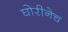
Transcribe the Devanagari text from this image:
घोरीनेच